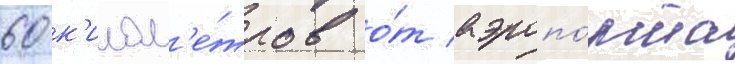
60 к'илом'е́тров о́т аэропо́рта